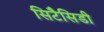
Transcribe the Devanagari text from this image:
सिटैसिडी